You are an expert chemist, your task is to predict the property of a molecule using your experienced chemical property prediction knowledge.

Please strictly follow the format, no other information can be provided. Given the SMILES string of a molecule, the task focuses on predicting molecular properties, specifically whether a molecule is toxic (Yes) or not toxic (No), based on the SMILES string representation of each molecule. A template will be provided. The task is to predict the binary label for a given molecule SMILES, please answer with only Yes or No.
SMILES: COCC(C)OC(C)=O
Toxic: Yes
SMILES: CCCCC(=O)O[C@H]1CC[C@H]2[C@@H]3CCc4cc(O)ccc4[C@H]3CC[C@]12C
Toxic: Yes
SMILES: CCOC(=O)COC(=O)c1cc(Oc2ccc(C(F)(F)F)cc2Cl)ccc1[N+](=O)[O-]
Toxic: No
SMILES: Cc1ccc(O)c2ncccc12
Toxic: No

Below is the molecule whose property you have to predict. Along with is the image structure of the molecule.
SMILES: CC(C)(C)C(=O)OCOC(=O)[C@@H]1N2C(=O)[C@@H](N=CN3CCCCCC3)[C@H]2SC1(C)C
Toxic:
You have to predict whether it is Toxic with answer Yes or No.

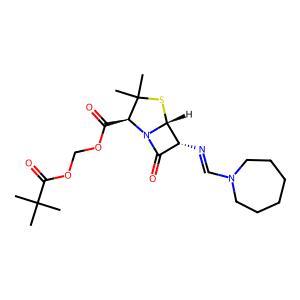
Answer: No